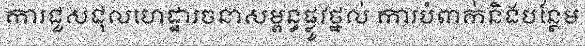
ការជួសជុលហេដ្ឋារចនាសម្ពន្ធផ្លូវថ្នល់ ការបំពាក់និងបន្ថែម